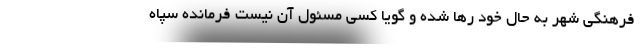
فرهنگی شهر به حال خود رها شده و گویا کسی مسئول آن نیست فرمانده سپاه